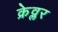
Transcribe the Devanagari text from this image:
क्रेव्लर